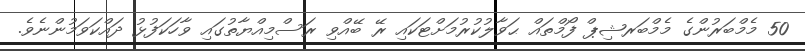
50 މެމްބަރުންގެ މެމްބަރޝިޕް ފޯމްތައް ޙަވާލުކުރުމަށްޓަކައި ރޭ ބޭއްވި ރަސްމިއްޔާތުގައި ވާހަކަފުޅު ދައްކަވަމުންނެވެ.